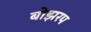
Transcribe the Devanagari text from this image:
बोझरप